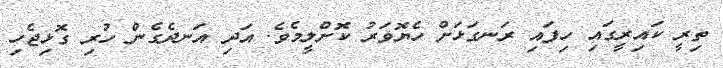
ތިރީ ކައިރީގައި ހިފައި ރަނގަޅަށް ހެޔޮވަރު ކޮށްލީމެވެ. އަދި އަނދެގެން ހުރި ގޮޅިޖެހި